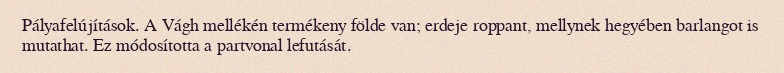
Pályafelújítások. A Vágh mellékén termékeny földe van; erdeje roppant, mellynek hegyében barlangot is mutathat. Ez módosította a partvonal lefutását.